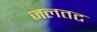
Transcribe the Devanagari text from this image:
जलतट